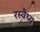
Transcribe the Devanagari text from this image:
रस्वैध्य